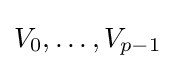
V_{0},\dots ,V_{p-1}